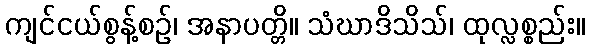
ကျင်ငယ်စွန့်စဉ်၊ အနာပတ္တိ။ သံဃာဒိသိသ်၊ ထုလ္လစ္စည်း။